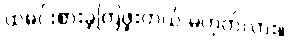
ထမင်းစားခဲ့ကြဖူးတယ် မဟုတ်လား။